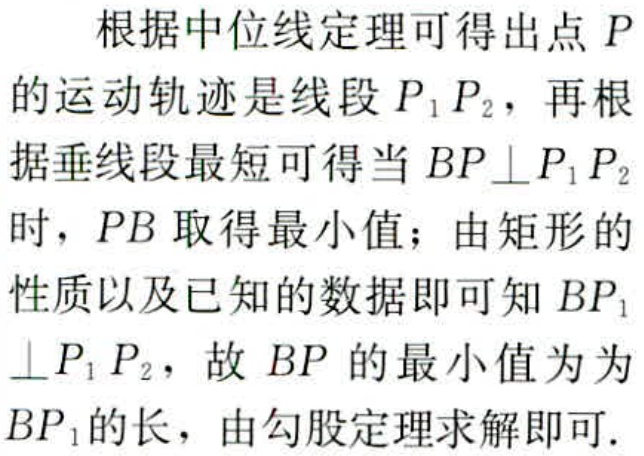
根据中位线定理可得出点 \(P\) 的运动轨迹是线段 \(P_{1}P_{2}\)，再根据垂线段最短可得当 \(BP\perp P_{1}P_{2}\) 时，\(PB\) 取得最小值；由矩形的性质以及已知的数据即可知 \(BP_{1}\perp P_{1}P_{2}\)，故 \(BP\) 的最小值为为 \(BP_{1}\) 的长，由勾股定理求解即可.